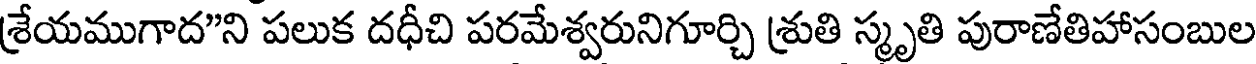
శ్రేయముగాద"ని పలుక దధీచి పరమేశ్వరునిగూర్చి శ్రుతి స్మృతి పురాణేతిహాసంబుల